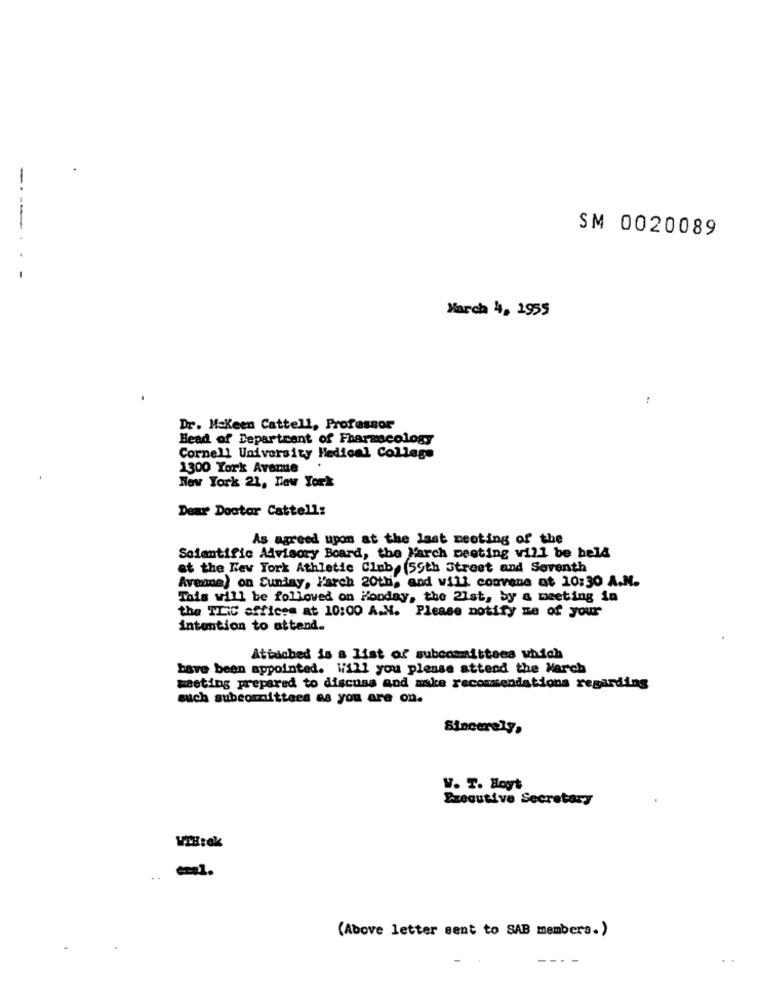
----
SM 0020089
March 4, 1955
Dr. Makeen Cattell, Professor
Head of Department of Farascology
Cornell University Medical College
1300 York Avenue
New York 21, New York
Dear Doctor Cattell:
As agreed upon at the last meeting of the
Scientific Advisory Board, the March meeting will be held
at the New York Athletic Club, 59th Street and Seventh
Avenue) on Sunday, Farch 20th, and will convene at 10:30 A.M.
This will be followed on Honday, the 21st, by a meeting in
the TLIC officee at 10:00 A.M. Please notify me of your
intention to attend.
Attached is a list of subcommittees which
have been appointed. Will you please attend the March
meeting prepared to discuss and make recommendations regarding
such subcommittees as you are on.
Sincerely,
V. T. Hoyt
Executive Secretary
WTH:ok
. .
(Above letter sent to SAB members.)
----